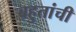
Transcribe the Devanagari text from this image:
बहुतांची